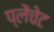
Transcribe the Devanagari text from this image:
प्लेंचेट